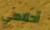
أحلامي